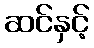
ဆင်နှင့်